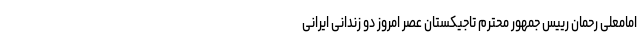
امامعلی رحمان رییس جمهور محترم تاجیکستان عصر امروز دو زندانی ایرانی